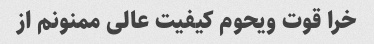
خرا قوت ویحوم کیفیت عالی ممنونم از